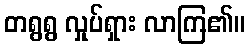
တရွရွ လှုပ်ရှား လာကြ၏။